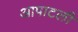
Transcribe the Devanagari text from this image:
आपाटली